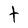
Character: t